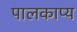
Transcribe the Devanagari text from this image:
पालकाप्य